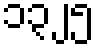
၁၃၂၅